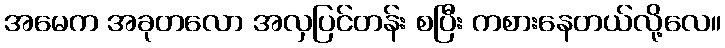
အမေက အခုတလော အလှပြင်တန်း စပြီး ကစားနေတယ်လို့လေ။